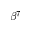
\beta ^ { 7 }